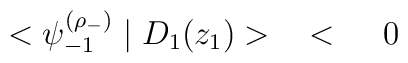
<\psi_{-1}^{(\rho_-)} \mid D_1(z_1)> \hspace{0.5cm} < \hspace{0.5cm} 0